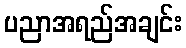
ပညာအရည်အချင်း